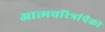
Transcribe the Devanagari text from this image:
आत्मचरित्रांपैकी